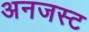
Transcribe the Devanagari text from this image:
अनजस्ट